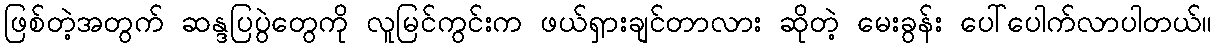
ဖြစ်တဲ့အတွက် ဆန္ဒပြပွဲတွေကို လူမြင်ကွင်းက ဖယ်ရှားချင်တာလား ဆိုတဲ့ မေးခွန်း ပေါ်ပေါက်လာပါတယ်။